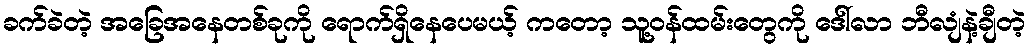
ခက်ခဲတဲ့ အခြေအနေတစ်ခုကို ရောက်ရှိနေပေမယ့် ကတော့ သူ့ဝန်ထမ်းတွေကို ဒေါ်လာ ဘီလျံနဲ့ချီတဲ့